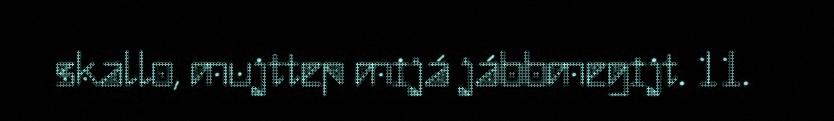
skallo, mujttep mijá jábbmegijt. 11.